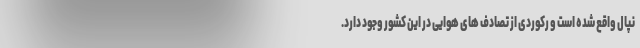
نپال واقع شده است و رکوردی از تصادف های هوایی در این کشور وجود دارد.